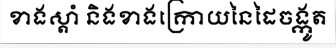
ខាងស្តាំ និងខាងក្រោយនៃដៃចង្កូត